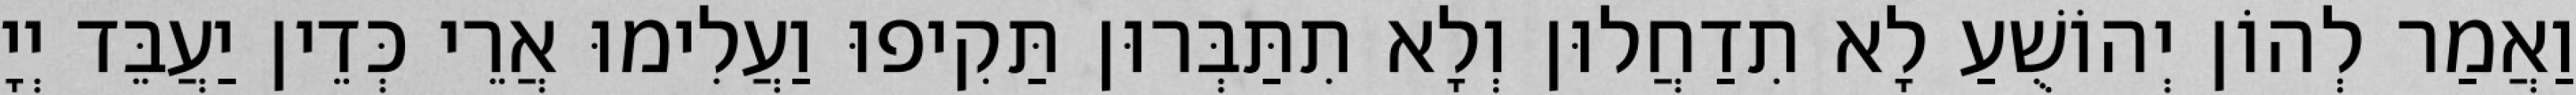
וַאֲמַר לְהוֹן יְהוֹשֻׁעַ לָא תִדַחֲלוּן וְלָא תִתַּבְּרוּן תַּקִיפוּ וַעֲלִימוּ אֲרֵי כְּדֵין יַעֲבֵּד יְיָ